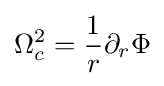
\Omega _{c}^{2}={\frac {1}{r}}\partial _{r}\Phi